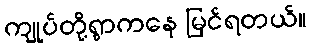
ကျုပ်တို့ရွာကနေ မြင်ရတယ်။